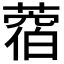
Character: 𦼑